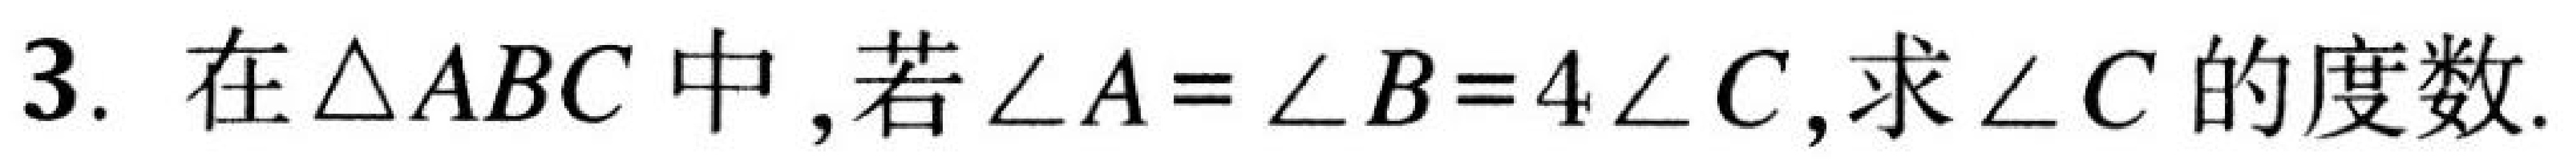
3. 在\(\triangle ABC\)中，若\(\angle A = \angle B = 4\angle C\)，求\(\angle C\)的度数.